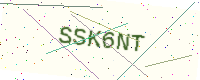
Text: SSK6NT